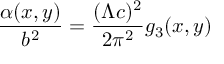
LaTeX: \frac { \alpha ( x , y ) } { b ^ { 2 } } = \frac { ( \Lambda c ) ^ { 2 } } { 2 \pi ^ { 2 } } g _ { 3 } ( x , y )